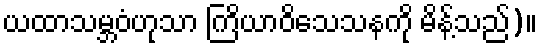
ယထာသမ္ဘဝံဟုသာ ကြိယာဝိသေသနကို မိန့်သည်)။